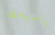
ياسيدى